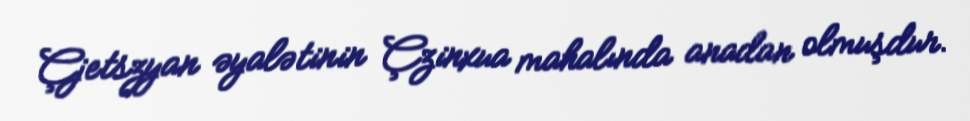
Çjetszyan əyalətinin Çzinxua mahalında anadan olmuşdur.